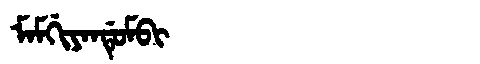
Manchu: ᠮᠠᠮᡤᡳᠶᠠᠨᡩᡠᠮᠪᡳ
Romanization: MAMGIYANDUMBI